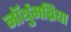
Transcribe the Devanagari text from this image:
नॉर्थुमब्रिया